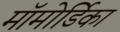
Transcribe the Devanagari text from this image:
मॉमोर्डिका